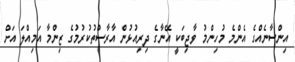
އިންސާނެއްގެ އެންމެ މުހިންމު ވާޖިބަކީ އޭނާގެ ދިރިއުޅުން އާރާސްތުކުރުމުގެ ޒިންމާ އަމިއްލަ އަށް